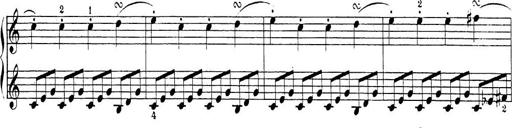
Title: Sonatina Album
Composer: Louis KÃ¶hler